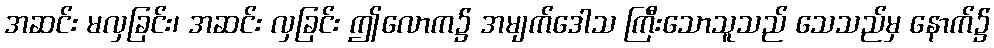
အဆင်း မလှခြင်း၊ အဆင်း လှခြင်း ဤလောက၌ အမျက်ဒေါသ ကြီးသောသူသည် သေသည်မှ နောက်၌